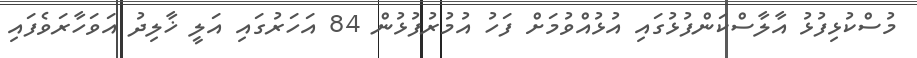
މުސްކުޅިފުޅު އާލާސްކަންފުޅުގައި އުޅުއްވުމަށް ފަހު އުމުރުފުޅުން 84 އަހަރުގައި އަލީ ޚާލިދު އަވަހާރަވެފައި